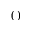
( )